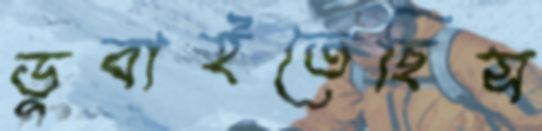
ডুবাইতেছিস